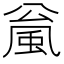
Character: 𫖻